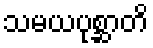
သမယပုစ္ဆာတိ